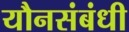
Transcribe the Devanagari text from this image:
यौनसंबंधी